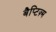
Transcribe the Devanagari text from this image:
बैप्टिज़्म